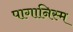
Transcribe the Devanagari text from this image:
पागानिस्म